Scientific memoirs by medical officers of the Army of India - Part III,
Year: 1887
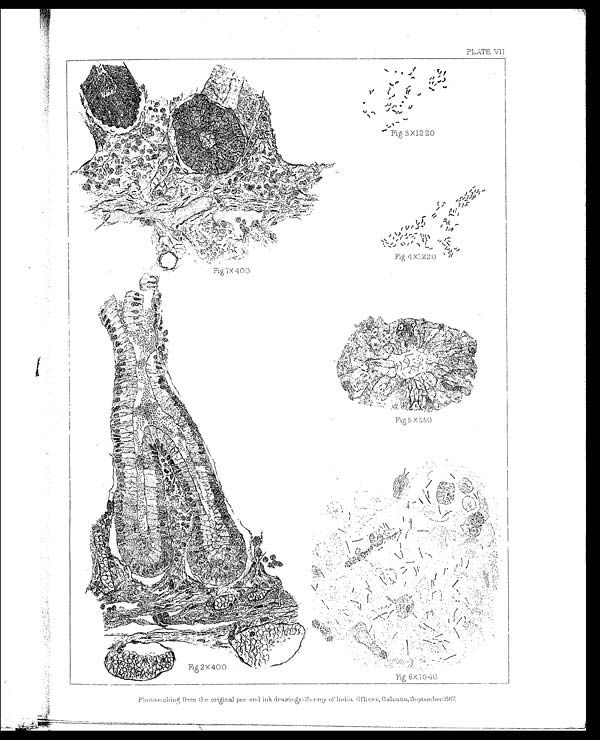
PLATE VII.
P h o t o - e t c h i n g f r o m t h e o r i g i n a l p e n a n d i n k d r a w i n g s - S u r v e y o f I n d i a O f f i c e s , C a l c u t t a , S e p t e m b e r 1 8 8 7 .